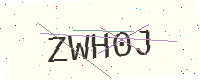
Text: ZWH0J